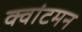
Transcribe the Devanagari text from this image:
क्वांटमन